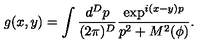
g ( x , y ) = \int \frac { d ^ { D } p } { ( 2 \pi ) ^ { D } } \frac { \exp ^ { i ( x - y ) p } } { p ^ { 2 } + M ^ { 2 } ( \phi ) } .